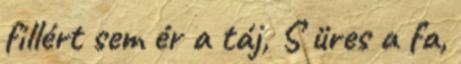
fillért sem ér a táj, S üres a fa,